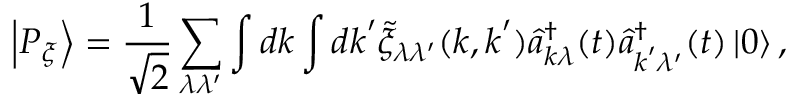
\left| P _ { \xi } \right\rangle = \frac { 1 } { \sqrt { 2 } } \sum _ { \lambda \lambda ^ { \prime } } \int d \boldsymbol { k } \int d \boldsymbol { k } ^ { \prime } \tilde { \xi } _ { \lambda \lambda ^ { \prime } } ( \boldsymbol { k } , \boldsymbol { k } ^ { \prime } ) \hat { a } _ { \boldsymbol { k } \lambda } ^ { \dagger } ( t ) \hat { a } _ { \boldsymbol { k } ^ { \prime } \lambda ^ { \prime } } ^ { \dagger } ( t ) \left| 0 \right\rangle ,